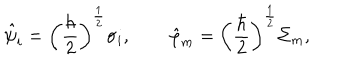
LaTeX: \hat { \psi } _ { i } = \left( \frac { \hbar } { 2 } \right) ^ { \frac { 1 } { 2 } } \sigma _ { i } , \quad \quad \hat { \varphi } _ { m } = \left( \frac { \hbar } { 2 } \right) ^ { \frac { 1 } { 2 } } \Sigma _ { m } ,